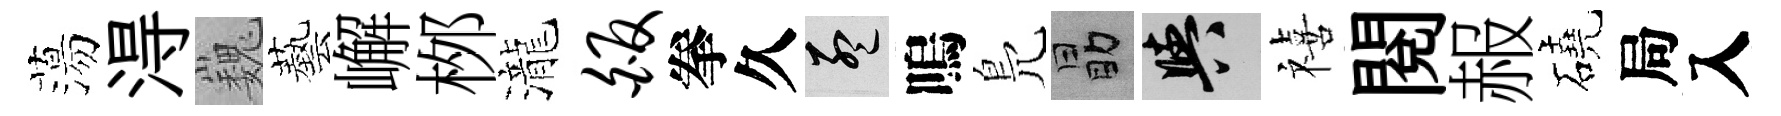
蕩淂巍藝嶰桞瀧皈拳久孟嗚鳬勗阳禧閲赧磽局入